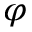
\varphi